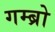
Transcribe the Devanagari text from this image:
गम्ब्रो